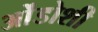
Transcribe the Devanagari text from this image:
ओंडोशी